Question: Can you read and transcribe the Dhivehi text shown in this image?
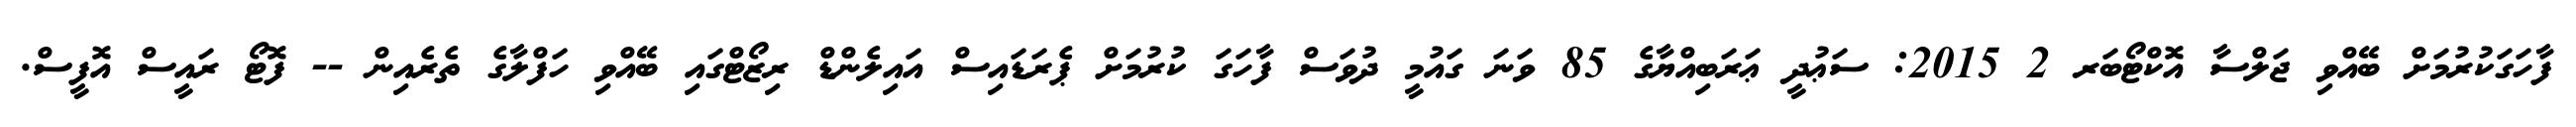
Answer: ފާހަގަކުރުމަށް ބޭއްވި ޖަލްސާ އޮކްޓޯބަރ 2 2015: ސަޢުދީ ޢަރަބިއްޔާގެ 85 ވަނަ ގައުމީ ދުވަސް ފާހަގަ ކުރުމަށް ޕެރަޑައިސް އައިލެންޑް ރިޒޯޓްގައި ބޭއްވި ހަފްލާގެ ތެރެއިން -- ފޮޓޯ ރައީސް އޮފީސް.